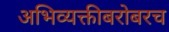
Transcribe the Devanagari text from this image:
अभिव्यक्तीबरोबरच